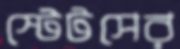
স্টেটসের